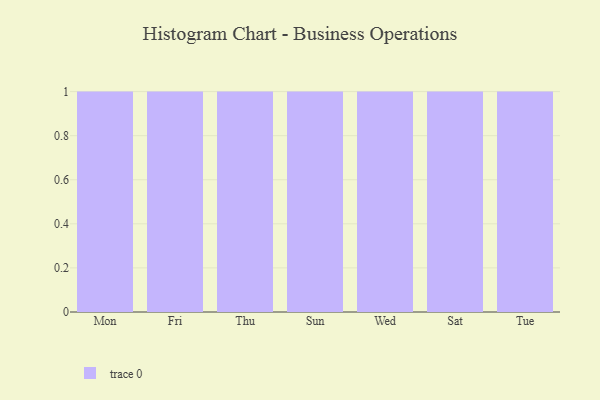
{"axis": {"x": "Day", "y": "Bounce Rate (%)"}, "legend": [""], "data": [{"x": "Mon", "y": 51, "type": ""}, {"x": "Fri", "y": 68, "type": ""}, {"x": "Thu", "y": 78, "type": ""}, {"x": "Sun", "y": 80, "type": ""}, {"x": "Wed", "y": 78, "type": ""}, {"x": "Sat", "y": 85, "type": ""}, {"x": "Tue", "y": 45, "type": ""}]}